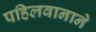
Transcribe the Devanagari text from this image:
पहिलवानाने